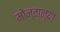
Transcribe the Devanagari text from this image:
मोन्तान्या